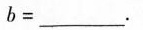
b=___.